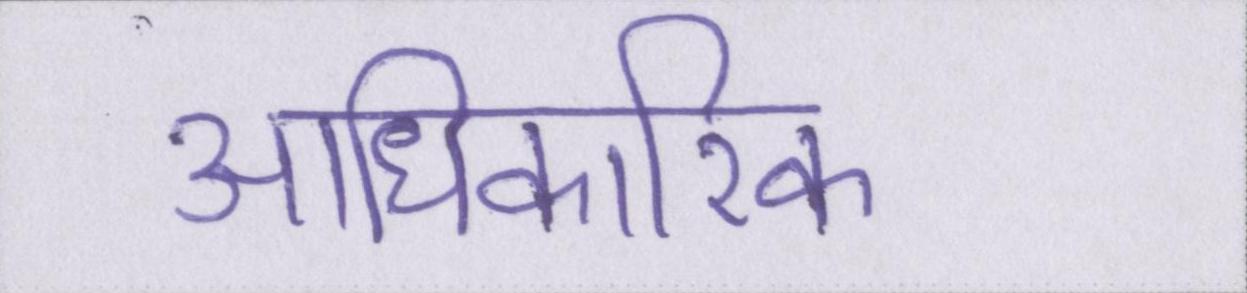
आधिकारिक